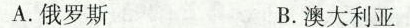
A. 俄罗斯 B. 澳大利亚